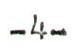
-4-